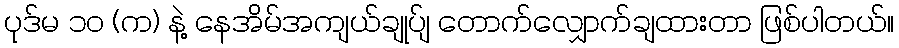
ပုဒ်မ ၁၀ (က) နဲ့ နေအိမ်အကျယ်ချုပ်ျ တောက်လျှောက်ချထားတာ ဖြစ်ပါတယ်။